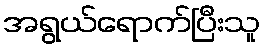
အရွယ်ရောက်ပြီးသူ